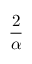
\frac { 2 } { \alpha }